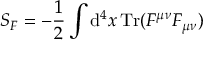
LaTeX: S _ { F } = - { \frac { 1 } { 2 } } \int \operatorname { d } \! ^ { 4 } x \operatorname { T r } ( F ^ { \mu \nu } F _ { \mu \nu } )